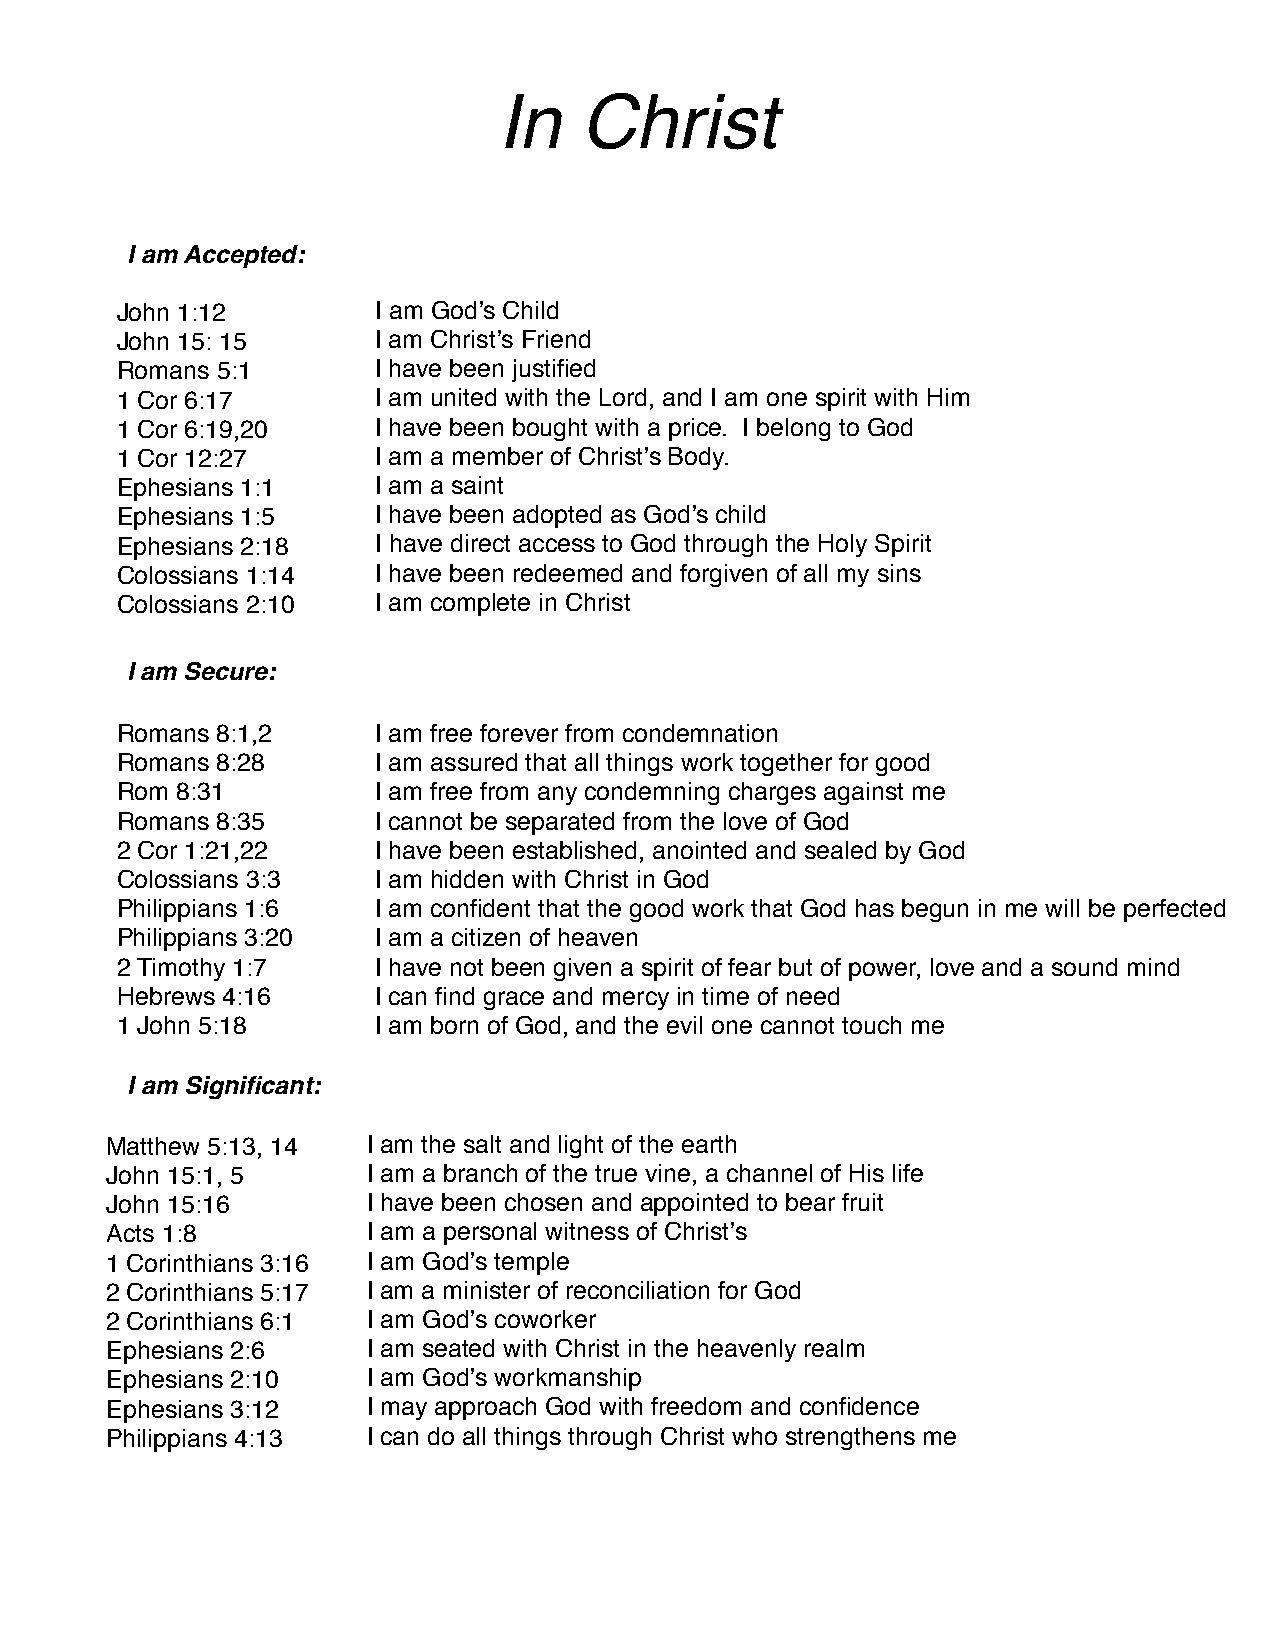
In   Christ
 I am Accepted:
 John 1:12        I am Godʼs Child
 John 15: 15      I am Christʼs Friend
 Romans 5:1       I have been justified
 1 Cor 6:17       I am united with the Lord, and I am one spirit with Him
 1 Cor 6:19,20    I have been bought with a price. I belong to God
 1 Cor 12:27      I am a member of Christʼs Body.
 Ephesians 1:1    I am a saint
 Ephesians 1:5    I have been adopted as Godʼs child
 Ephesians 2:18   I have direct access to God through the Holy Spirit
 Colossians 1:14  I have been redeemed and forgiven of all my sins
 Colossians 2:10  I am complete in Christ
 I am Secure:
 Romans 8:1,2     I am free forever from condemnation
 Romans 8:28      I am assured that all things work together for good
 Rom 8:31         I am free from any condemning charges against me
 Romans 8:35      I cannot be separated from the love of God
 2 Cor 1:21,22    I have been established, anointed and sealed by God
 Colossians 3:3   I am hidden with Christ in God
 Philippians 1:6  I am confident that the good work that God has begun in me will be perfected
 Philippians 3:20 I am a citizen of heaven
 2 Timothy 1:7    I have not been given a spirit of fear but of power, love and a sound mind
 Hebrews 4:16     I can find grace and mercy in time of need
 1 John 5:18      I am born of God, and the evil one cannot touch me
 I am Significant:
 Matthew 5:13, 14 I am the salt and light of the earth
 John 15:1, 5     I am a branch of the true vine, a channel of His life
 John 15:16       I have been chosen and appointed to bear fruit
 Acts 1:8         I am a personal witness of Christʼs
 1 Corinthians 3:16 I am Godʼs temple
 2 Corinthians 5:17 I am a minister of reconciliation for God
 2 Corinthians 6:1 I am Godʼs coworker
 Ephesians 2:6    I am seated with Christ in the heavenly realm
 Ephesians 2:10   I am Godʼs workmanship
 Ephesians 3:12   I may approach God with freedom and confidence
 Philippians 4:13 I can do all things through Christ who strengthens me